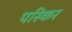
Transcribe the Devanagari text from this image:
पस्किर